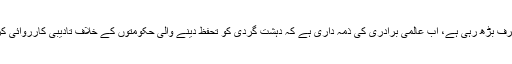
شامی وزارت خارجہ نے کہا کہ شام میں دہشت گردی زوال کی طرف بڑھ رہی ہے، اب عالمی برادری کی ذمہ داری ہے کہ دہشت گردی کو تحفظ دینے والی حکومتوں کے خلاف تادیبی کارروائی کرے جو ساری دنیا کے امن و سلامتی کو خطرے میں ڈال رہی ہیں۔